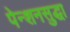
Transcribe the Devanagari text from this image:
पेन्शनसुद्धा